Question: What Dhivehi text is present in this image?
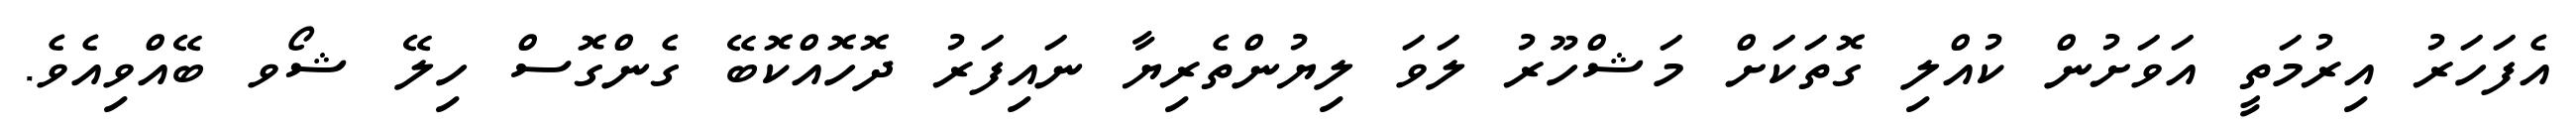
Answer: އެފަހަރު އިރުމަތީ އަވަށުން ކުއްލި ގޮތަކަށް މަޝްހޫރު ލަވަ ލިޔުންތެރިޔާ ނައިފަރު ދޮހޮއްކޮބޭ ގެންގޮސް ހިލޭ ޝޯވ ބޭއްވިއެވެ.